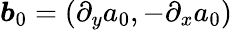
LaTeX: \boldsymbol{b}_{0}=(\partial_{y}a_{0},-\partial_{x}a_{0})